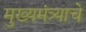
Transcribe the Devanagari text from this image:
मुख्यमंत्र्याचे